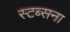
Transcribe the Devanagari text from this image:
स्टब्सना